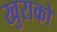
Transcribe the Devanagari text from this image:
खुराको